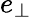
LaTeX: e_{\perp}